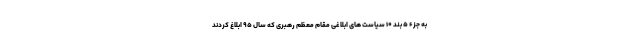
به جزء ۵ بند ۱۰ سیاست های ابلاغی مقام معظم رهبری که سال ۹۵ ابلاغ کردند